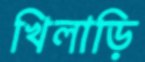
খিলাড়ি